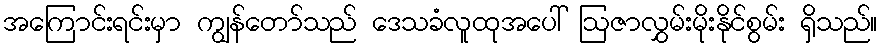
အကြောင်းရင်းမှာ ကျွန်တော်သည် ဒေသခံလူထုအပေါ် ဩဇာလွှမ်းမိုးနိုင်စွမ်း ရှိသည်။